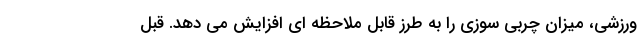
ورزشی، میزان چربی سوزی را به طرز قابل ملاحظه ای افزایش می دهد. قبل